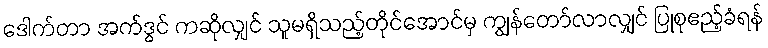
ဒေါက်တာ အက်ဒွင် ကဆိုလျှင် သူမရှိသည့်တိုင်အောင်မှ ကျွန်တော်လာလျှင် ပြုစုဧည့်ခံရန်